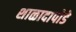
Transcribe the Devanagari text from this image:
शाळादापोडे